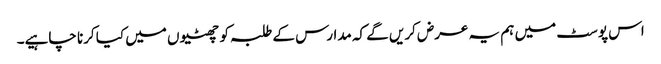
اس پوسٹ میں ہم یہ عرض کریں گے کہ مدارس کے طلبہ کو چھٹیوں میں کیا کرنا چاہیے۔